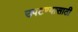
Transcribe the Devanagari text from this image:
उपटण्यासाठी